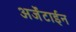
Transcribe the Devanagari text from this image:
अर्जेंटाईन